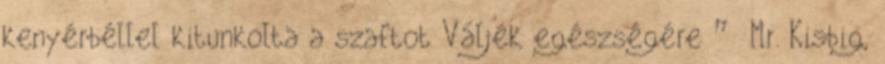
kenyérbéllel kitunkolta a szaftot Váljék egészségére ” Mr. Kisbig,